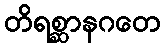
တိရစ္ဆာနဂတေ